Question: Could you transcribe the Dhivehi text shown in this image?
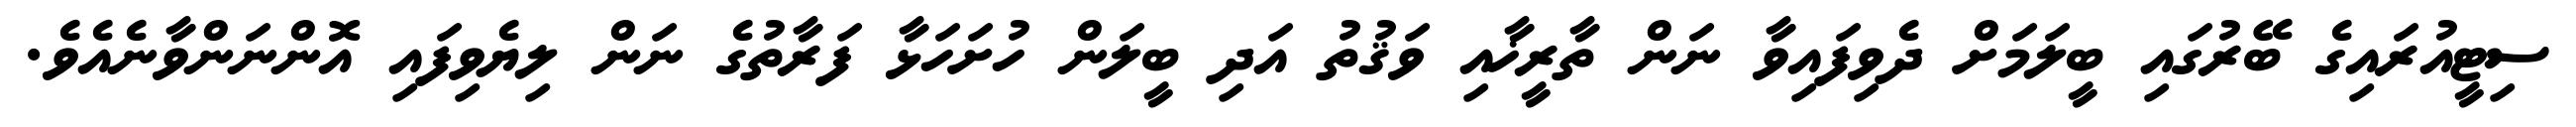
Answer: ސިޓީއުރައިގެ ބޭރުގައި ބީލަމަށް ދެވިފައިވާ ނަން ތާރީޚާއި ވަޤުތު އަދި ބީލަން ހުށަހަޅާ ފަރާތުގެ ނަން ލިޔެވިފައި އޮންނަންވާނެއެވެ.